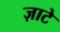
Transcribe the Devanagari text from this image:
ज़ाटे